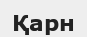
Қарн